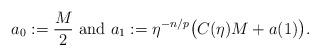
LaTeX: \begin{align*}a_0:=\frac{M}2{\mbox{ and }}a_1:=\eta^{-n/p}\big(C(\eta)M+a(1)\big).\end{align*}